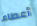
أعطاء